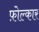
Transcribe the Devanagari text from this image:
फ़ोल्कार